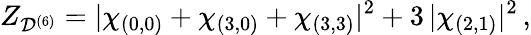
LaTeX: Z_{\mathcal{D}^{(6)}}=|\chi_{(0,0)}+\chi_{(3,0)}+\chi_{(3,3)}|^{2}+3\, |\chi_{(2,1)}|^{2}\, ,